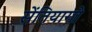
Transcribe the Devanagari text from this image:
सेंतियागो